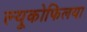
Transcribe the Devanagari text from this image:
ल्यूकोफिलया